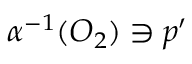
\alpha ^ { - 1 } ( O _ { 2 } ) \ni p ^ { \prime }